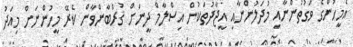
އެމީހުންގެ ވަގުތުންނާއި މުދަލުންނާއި އީޖާދުތަކުން އިސްލާމް ދީނަށް ޤުރްބާންވާން ކެރޭ މީހުންނަށް މިއަދު